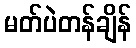
မတ်ပဲတန်ချိန်